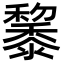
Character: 𪐅